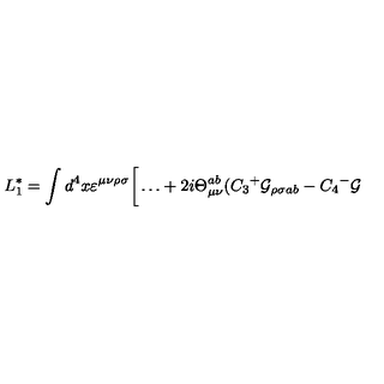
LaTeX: L _ { 1 } ^ { * } = \int d ^ { 4 } x \varepsilon ^ { \mu \nu \rho \sigma } \bigg [ \dots + 2 i \Theta _ { \mu \nu } ^ { a b } ( C _ { 3 } { ^ + } { \cal G } _ { \rho \sigma a b } - C _ { 4 } { ^ - } { \cal G }